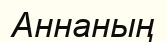
Аннаның